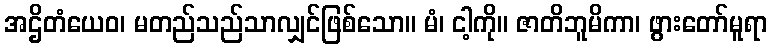
အဌိတံယေဝ၊ မတည်သည်သာလျှင်ဖြစ်သော။ မံ၊ ငါ့ကို။ ဇာတိဘူမိကာ၊ ဖွားတော်မူရာ